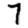
Digit: 7